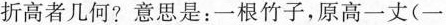
折高者几何？意思是：一根竹子，原高一丈（一